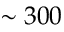
\sim 3 0 0